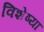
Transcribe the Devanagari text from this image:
विशेष्या